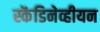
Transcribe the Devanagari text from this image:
स्कॆंडिनेव्हीयन